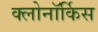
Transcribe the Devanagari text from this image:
क्लोनॉर्किस